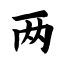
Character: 两